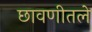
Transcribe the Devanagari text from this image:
छावणीतले